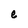
Character: e